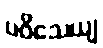
ပဝိသေယျ